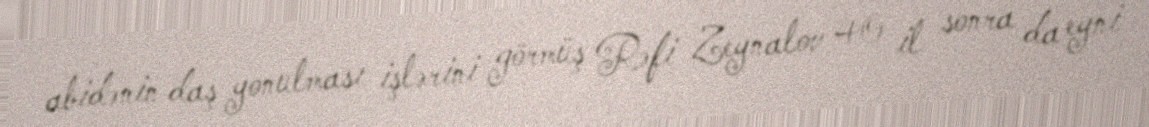
abidənin daş yonulması işlərini görmüş Rəfi Zeynalov 40 il sonra da eyni